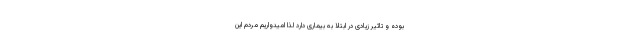
بوده و تاثیر زیادی در ابتلا به بیماری دارد لذا امیدواریم مردم این